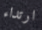
ارتداء